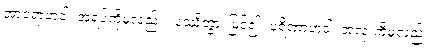
အာရောဟံဝါ၊ အရပ်ကိုမူလည်း။ ပဿိတွာ၊ မြင်၍။ ပရိဏာဟံဝါ၊ အလုံးကိုမူလည်း။